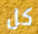
كل